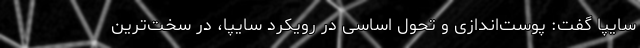
سایپا گفت: پوست‌اندازی و تحول اساسی در رویکرد سایپا، در سخت‌ترین